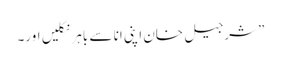
”شرجیل خان اپنی انا سے باہر نکلیں اور۔